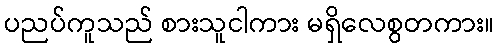
ပညပ်ကူသည် စားသူငါကား မရှိလေစွတကား။